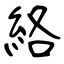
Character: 絡